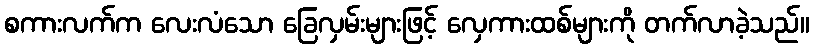
စကားလက်က လေးလံသော ခြေလှမ်းများဖြင့် လှေကားထစ်များကို တက်လာခဲ့သည်။